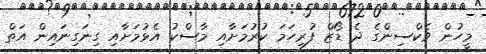
މީހުން ވެކްސިންގެ ދެ ޑޯޒް ފުރިހަމަ ކުރުމަށާއި މާސްކު އެޅުމަށާއި ގިނަގިނައިން އަތް